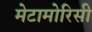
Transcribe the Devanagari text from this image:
मेटामोरिसी